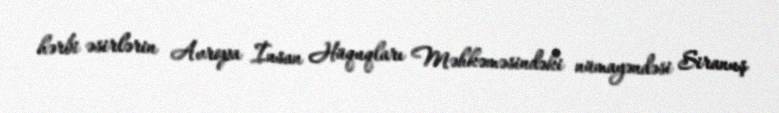
hərbi əsirlərin Avropa İnsan Hüquqları Məhkəməsindəki nümayəndəsi Siranuş